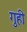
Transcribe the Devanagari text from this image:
गुही